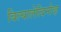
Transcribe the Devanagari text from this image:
बिल्यालेत्दिनोव्ह